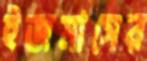
ইজমাসের